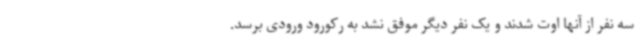
سه نفر از آنها اوت شدند و یک نفر دیگر موفق نشد به رکورود ورودی برسد.